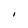
Character: I